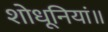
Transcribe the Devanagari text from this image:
शोधूनियां॥